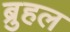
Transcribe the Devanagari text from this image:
ब्रुहल